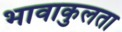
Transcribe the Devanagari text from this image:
भावाकुलता